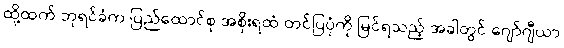
ထို့ထက် ဘုရင်ခံက ပြည်ထောင်စု အစိုးရထံ တင်ပြပုံကို မြင်ရသည့် အခါတွင် ဂျော်ဂျီယာ